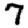
Digit: 7